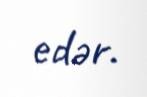
edər.